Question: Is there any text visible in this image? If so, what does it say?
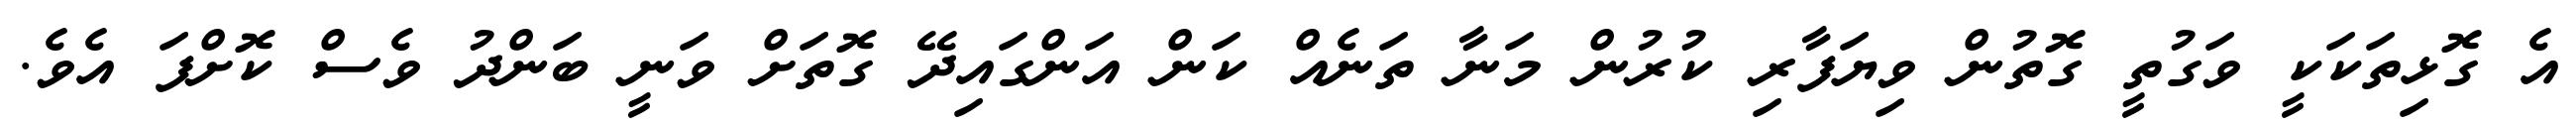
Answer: އެ ގޮޅިތަކަކީ ވަގުތީ ގޮތުން ވިޔަފާރި ކުރުން މަނާ ތަނެއް ކަން އަންގައިދޭ ގޮތަށް ވަނީ ބަންދު ވެސް ކޮށްފަ އެވެ.